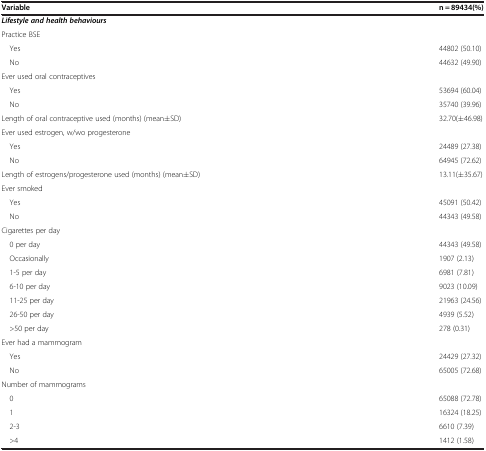
<table><thead><tr><td><b>Variable</b></td><td><b>n = 89434(%)</b></td></tr></thead><tbody><tr><td><b><i>Lifestyle and health behaviours</i></b></td><td> </td></tr><tr><td>Practice BSE</td><td> </td></tr><tr><td> Yes</td><td>44802 (50.10)</td></tr><tr><td> No</td><td>44632 (49.90)</td></tr><tr><td>Ever used oral contraceptives</td><td> </td></tr><tr><td> Yes</td><td>53694 (60.04)</td></tr><tr><td> No</td><td>35740 (39.96)</td></tr><tr><td>Length of oral contraceptive used (months) (mean±SD)</td><td>32.70(±46.98)</td></tr><tr><td>Ever used estrogen, w/wo progesterone</td><td> </td></tr><tr><td> Yes</td><td>24489 (27.38)</td></tr><tr><td> No</td><td>64945 (72.62)</td></tr><tr><td>Length of estrogens/progesterone used (months) (mean±SD)</td><td>13.11(±35.67)</td></tr><tr><td>Ever smoked</td><td> </td></tr><tr><td> Yes</td><td>45091 (50.42)</td></tr><tr><td> No</td><td>44343 (49.58)</td></tr><tr><td>Cigarettes per day</td><td> </td></tr><tr><td> 0 per day</td><td>44343 (49.58)</td></tr><tr><td> Occasionally</td><td>1907 (2.13)</td></tr><tr><td> 1-5 per day</td><td>6981 (7.81)</td></tr><tr><td> 6-10 per day</td><td>9023 (10.09)</td></tr><tr><td> 11-25 per day</td><td>21963 (24.56)</td></tr><tr><td> 26-50 per day</td><td>4939 (5.52)</td></tr><tr><td> &gt;50 per day</td><td>278 (0.31)</td></tr><tr><td>Ever had a mammogram</td><td> </td></tr><tr><td> Yes</td><td>24429 (27.32)</td></tr><tr><td> No</td><td>65005 (72.68)</td></tr><tr><td>Number of mammograms</td><td> </td></tr><tr><td> 0</td><td>65088 (72.78)</td></tr><tr><td> 1</td><td>16324 (18.25)</td></tr><tr><td> 2-3</td><td>6610 (7.39)</td></tr><tr><td> &gt;4</td><td>1412 (1.58)</td></tr></tbody></table>